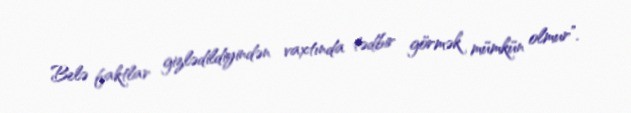
Belə faktlar gizlədildiyindən vaxtında tədbir görmək mümkün olmur”.